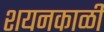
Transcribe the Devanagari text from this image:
शयनकाळी